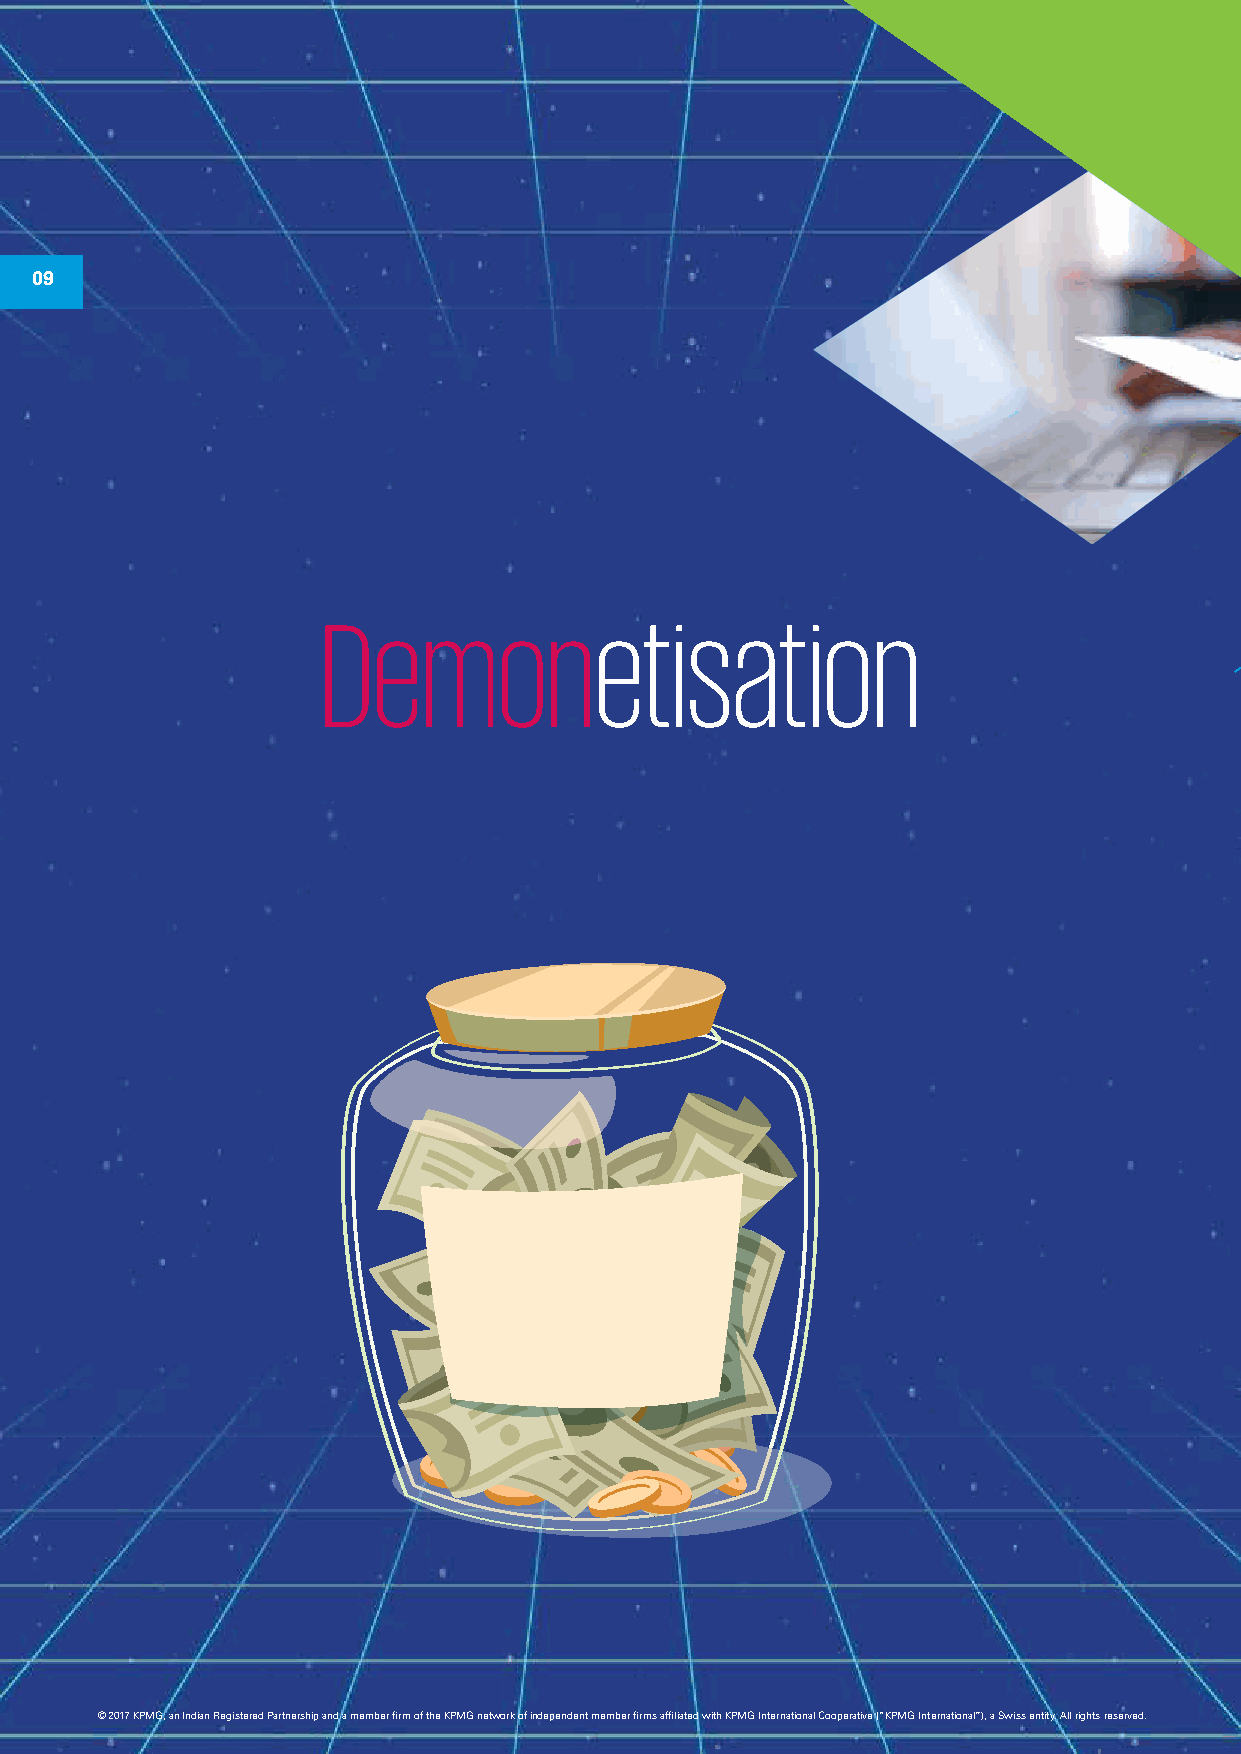
09
 Demonetisation
 © 2017 KPMG, an Indian Registered Partnership and a member firm of the KPMG network of independent member firms affiliated with KPMG International Cooperative (“KPMG International”), a Swiss entity. All rights reserved.